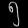
Digit: ၅